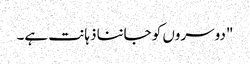
"دوسروں کو جاننا ذہانت ہے۔